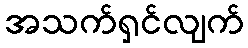
အသက်ရှင်လျက်